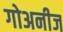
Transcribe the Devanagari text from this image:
गोअनीज